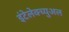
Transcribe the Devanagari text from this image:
इंटेलेक्च्युअल